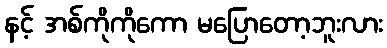
နင့် အစ်ကိုကိုကော မပြောတော့ဘူးလား